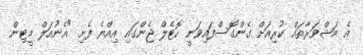
އެ މަޝްވަރާތައް ކުރިއަށް ގެންގޮސްފައިވަނީ ހޮޓެލް ޖެންގައި އިއްޔެ ފެށި "އެނުއަލް މީޓިން